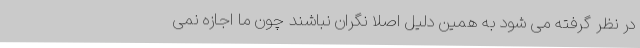
در نظر گرفته می شود به همین دلیل اصلا نگران نباشند چون ما اجازه نمی